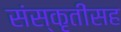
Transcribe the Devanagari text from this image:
संस्कृतींसह